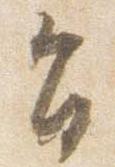
旨